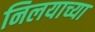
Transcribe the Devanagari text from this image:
निलयाच्या